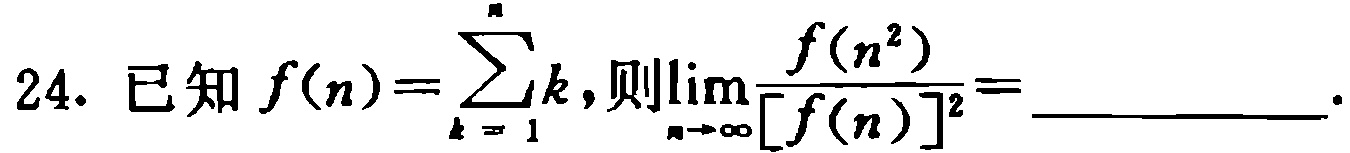
已知\(f(n)=\sum_{k = 1}^{n}k\)，则\(\lim_{n\rightarrow\infty}\frac{f(n^{2})}{[f(n)]^{2}}=\)__________.